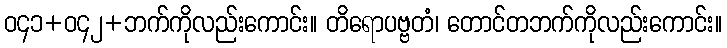
ဝ၄၁+ဝ၄၂+ဘက်ကိုလည်းကောင်း။ တိရောပဗ္ဗတံ၊ တောင်တဘက်ကိုလည်းကောင်း။